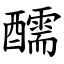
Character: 醹